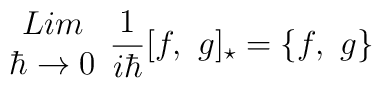
\begin{array}{c}  Lim \\\hbar \rightarrow 0\end{array} \frac{1}{i\hbar} [f, ~g]_{\star} = \{f,~g\}